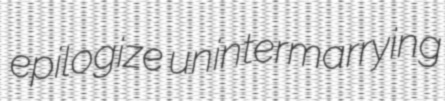
epilogize unintermarrying